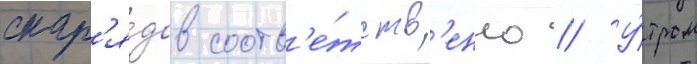
снар'я́дов соотв'е́тств'енно // У́тром